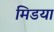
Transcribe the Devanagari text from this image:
मिडया